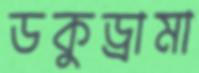
ডকুড্রামা